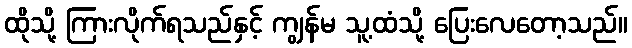
ထိုသို့ ကြားလိုက်ရသည်နှင့် ကျွန်မ သူ့ထံသို့ ပြေးလေတော့သည်။